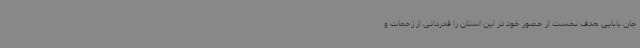
جان بابایی هدف نخست از حضور خود در این استان را قدردانی از زحمات و